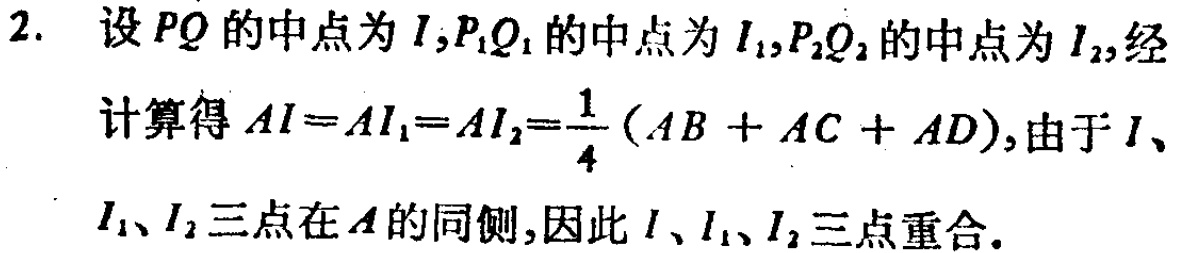
2. 设 \(PQ\) 的中点为 \(I\), \(P_1Q_1\) 的中点为 \(I_1\), \(P_2Q_2\) 的中点为 \(I_2\), 经

计算得 \(AI = AI_1=AI_2=\frac{1}{4}(AB + AC + AD)\), 由于 \(I\)、

\(I_1\)、\(I_2\) 三点在 \(A\) 的同侧, 因此 \(I\)、\(I_1\)、\(I_2\) 三点重合.